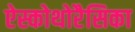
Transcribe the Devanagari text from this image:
ऐस्कोथोरैसिका